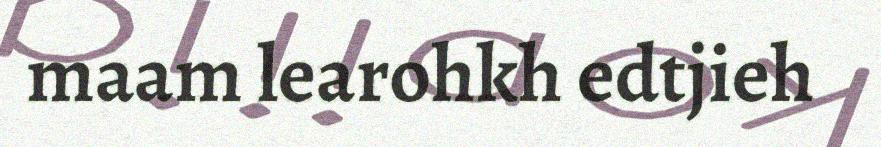
maam learohkh edtjieh